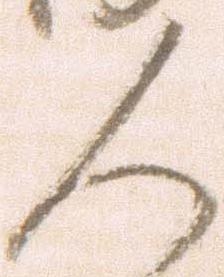
人